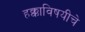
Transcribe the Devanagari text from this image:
हक्काविषयीचे